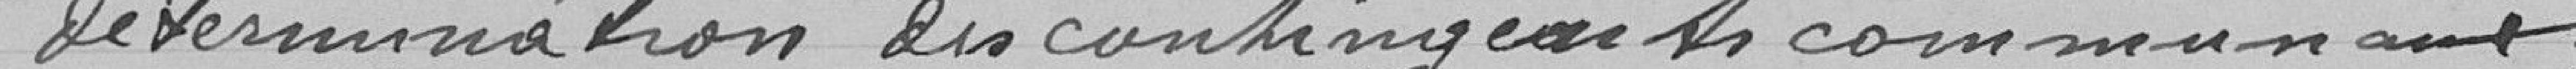
détermination des contingents communaux